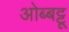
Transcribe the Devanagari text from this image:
ओब्बट्टू